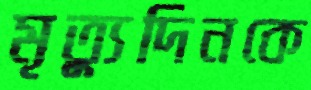
মৃত্যুদিনকে